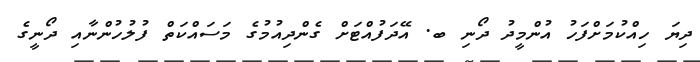
ދިޔަ ހިއްކުމަށްފަހު އުންމީދު ދޯނި ބ. އޭދަފުއްޓަށް ގެންދިއުމުގެ މަސައްކަތް ފުލުހުންނާއި ދޯނީގެ